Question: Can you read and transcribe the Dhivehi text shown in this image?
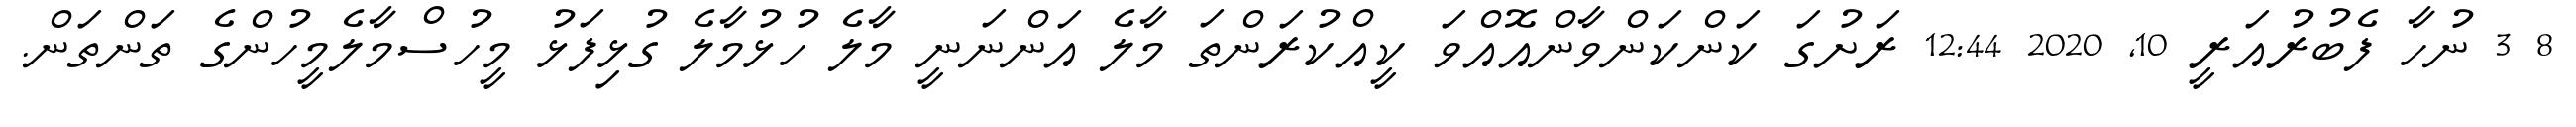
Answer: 8 3 ނުހާ ފެބުރުއަރީ 10, 2020 12:44 ރަށުގަ ކަންކަންވާންއޮއްވަ ކީއްކުރަންތަ މާލެ އަންނަނީ މާލެ ހުޅުމާލެ ގުޅިފަޅު މީހުސްމާލެމީހުންގެ ތަންތަން.